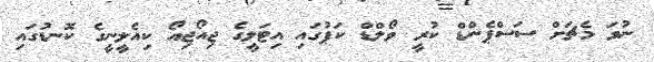
ނުވަ މެޗަށް ސަސްޕެންޑް ކުރީ ވޯލްޑް ކަޕުގައި އިޓަލީގެ ޖިއޯޖިއޯ ކިއެލީނީގެ ކޮނޑުގައި